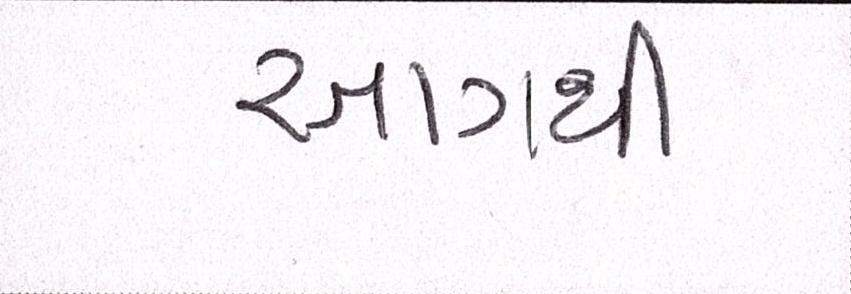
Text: આગથી